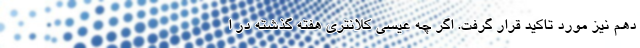
دهم نیز مورد تاکید قرار گرفت. اگر چه عیسی کلانتری هفته گذشته در ا